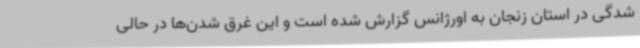
شدگی در استان زنجان به اورژانس گزارش شده است و این غرق شدن‌ها در حالی